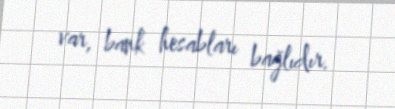
var, bank hesabları bağlıdır.